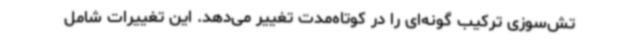
تش‌سوزی ترکیب گونه‌ای را در کوتاه‌مدت تغییر می‌دهد. این تغییرات شامل